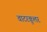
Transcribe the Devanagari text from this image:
वाटरकूलर